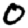
Digit: 0